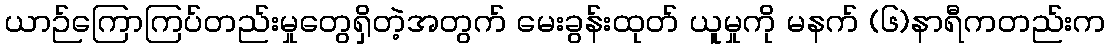
ယာဉ်ကြောကြပ်တည်းမှုတွေရှိတဲ့အတွက် မေးခွန်းထုတ် ယူမှုကို မနက် (၆)နာရီကတည်းက